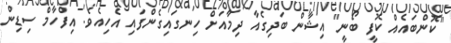
"ކޮންބައެއް ކޮފީ ބޯނީ" އިޝާން ބަދިގެއާ ދިމާއަށް ހިނގައިގެންފައި އެހިއެވެ. އިފްހާމް ސިޑިން